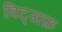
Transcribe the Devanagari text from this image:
विट्सफ़